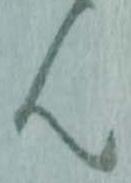
ん